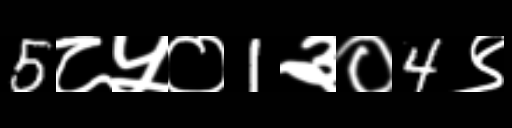
Text: 5८५०1३०4९